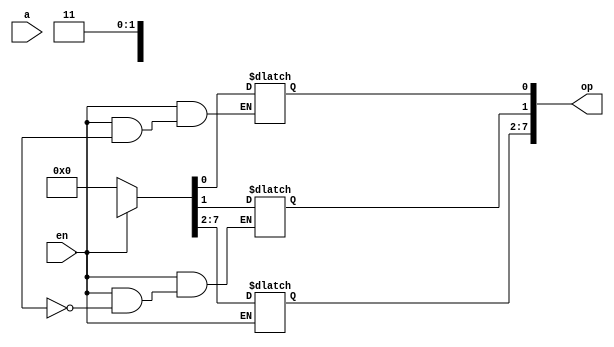
module decoder_3_eight( a,op,en);
  input [2:0]  a;
  input en;
  output [7:0] op;
  reg [7:0] op;
 always @( in or en)
	begin
      if (en) 
        begin
          out=8'd0;
          case (in)
              3'b000: op[0]=1'b1;
              3'b001: op[1]=1'b1;
              3'b010: op[2]=1'b1;
              3'b011: op[3]=1'b1;
              3'b100: op[4]=1'b1;
              3'b101: op[5]=1'b1;
              3'b110: op[6]=1'b1;
              3'b111: op[7]=1'b1;
              default: op=8'd0;
          endcase
        end
  else 
    op=8'd0;
  end
endmodule